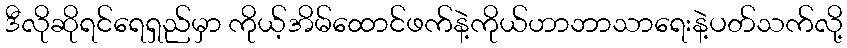
ဒီလိုဆိုရင်ရေရှည်မှာ ကိုယ့်အိမ်ထောင်ဖက်နဲ့ကိုယ်ဟာဘာသာရေးနဲ့ပတ်သက်လို့